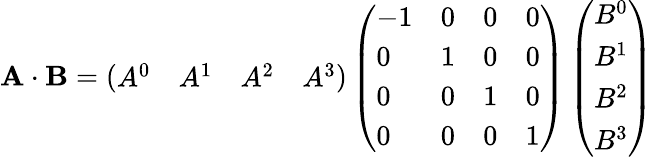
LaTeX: \mathbf{A\cdot B}=\left({\begin{array}{llll}{A^{0}}&{A^{1}}&{A^{2}}&{A^{3}}\end{array}}\right)\left({\begin{array}{llll}{-1}&{0}&{0}&{0}\\ {0}&{1}&{0}&{0}\\ {0}&{0}&{1}&{0}\\ {0}&{0}&{0}&{1}\end{array}}\right)\left({\begin{array}{l}{B^{0}}\\ {B^{1}}\\ {B^{2}}\\ {B^{3}}\end{array}}\right)